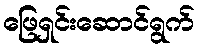
ဖြေရှင်းဆောင်ရွက်